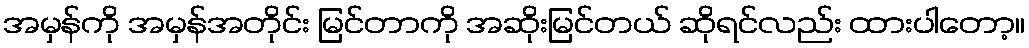
အမှန်ကို အမှန်အတိုင်း မြင်တာကို အဆိုးမြင်တယ် ဆိုရင်လည်း ထားပါတော့။